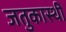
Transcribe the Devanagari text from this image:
जतुकास्थी